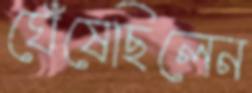
ঘেঁষেছিলেন